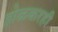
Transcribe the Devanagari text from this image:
होळकरही